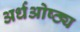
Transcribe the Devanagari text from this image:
अर्धओष्ठ्य